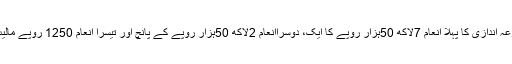
2015ء کوبتا یا کہ اس قرعہ اندازی کا پہلا انعام 7لاکھ 50ہزار روپے کا ایک، دوسراانعام 2لاکھ 50ہزار روپے کے پانچ اور تیسرا انعام 1250 روپے مالیت کے 2394انعامات ہیں۔